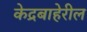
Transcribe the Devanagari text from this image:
केद्रबाहेरील